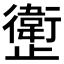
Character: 𱥊